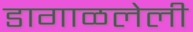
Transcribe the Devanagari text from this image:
डागाळलेली